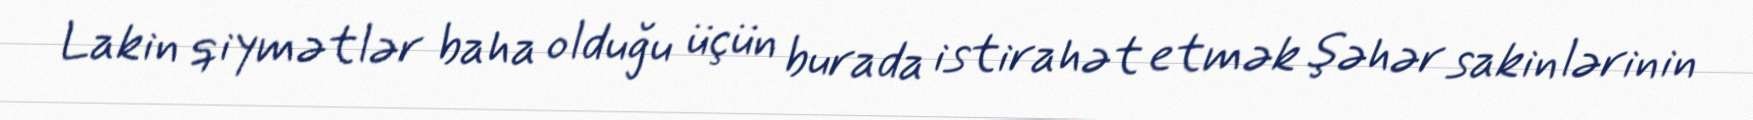
Lakin qiymətlər baha olduğu üçün burada istirahət etmək şəhər sakinlərinin